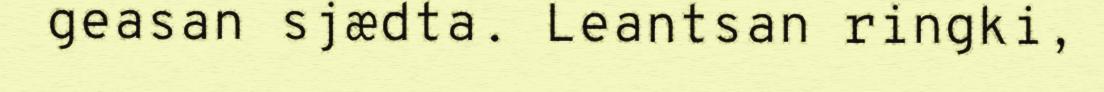
geasan sjædta. Leantsan ringki,